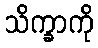
သိက္ခာကို